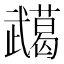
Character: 𭭸